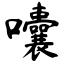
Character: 囔